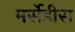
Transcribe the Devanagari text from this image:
मर्सेडीस